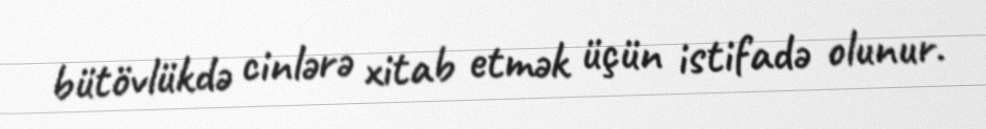
bütövlükdə cinlərə xitab etmək üçün istifadə olunur.